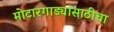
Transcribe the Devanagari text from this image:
मोटारगाड्यांसाठीचा